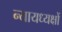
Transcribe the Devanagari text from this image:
न्यायध्यक्षों